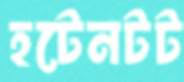
হটেনটট